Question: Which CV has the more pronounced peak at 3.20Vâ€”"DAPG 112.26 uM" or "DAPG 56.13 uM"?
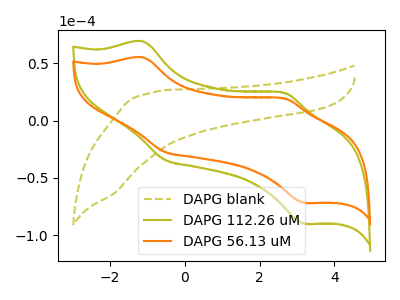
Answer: <think>The olive dashed curve "DAPG blank" has no peaks. The olive curve "DAPG 112.26 uM" has anodic peaks at (-1.15V, 69.20uA) (2.65V, 24.35uA) and cathodic peaks at (-0.55V, -34.10uA) (3.20V, -89.90uA). The orange curve "DAPG 56.13 uM" has anodic peaks at (-1.15V, 55.25uA) (2.65V, 19.40uA) and cathodic peaks at (-0.55V, -27.20uA) (3.20V, -71.75uA).</think>
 <answer>The peak at 3.20V is higher in "DAPG 112.26 uM" than in "DAPG 56.13 uM".</answer>
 <eval>higher</eval>